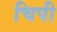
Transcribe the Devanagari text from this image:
चिपी